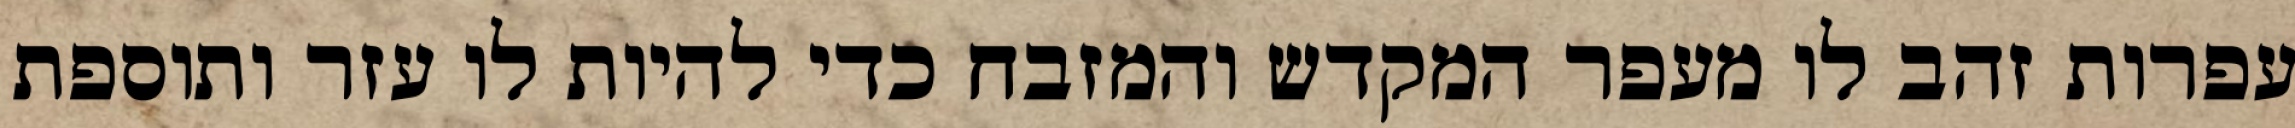
עפרות זהב לו מעפר המקדש והמזבח כדי להיות לו עזר ותוספת